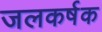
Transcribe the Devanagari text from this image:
जलकर्षक